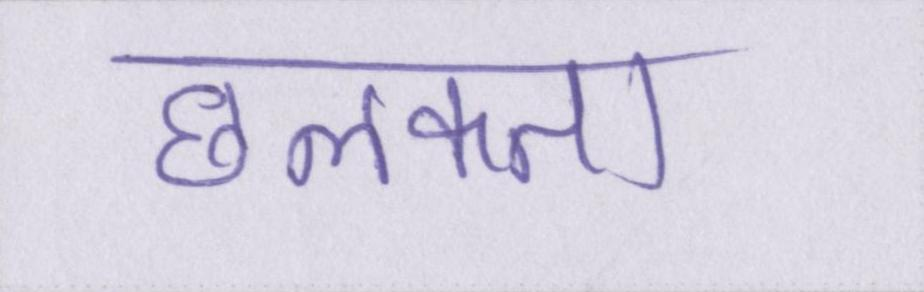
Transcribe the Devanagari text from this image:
छलकता